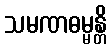
သမဏဓမ္မန္တိ